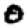
Digit: 0